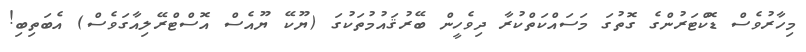
މިހާރުވެސް ޑޮކްޓަރުންގެ ގޮތުގަ މަސައްކަތްކުރާ ދިވެހީން ބޭރުޤައުމުތަކުގަ (ޔޫކޭ ޔޫއެސް އޮސްޓްރޭލިއާގަވެސް) އެބަތިބި!